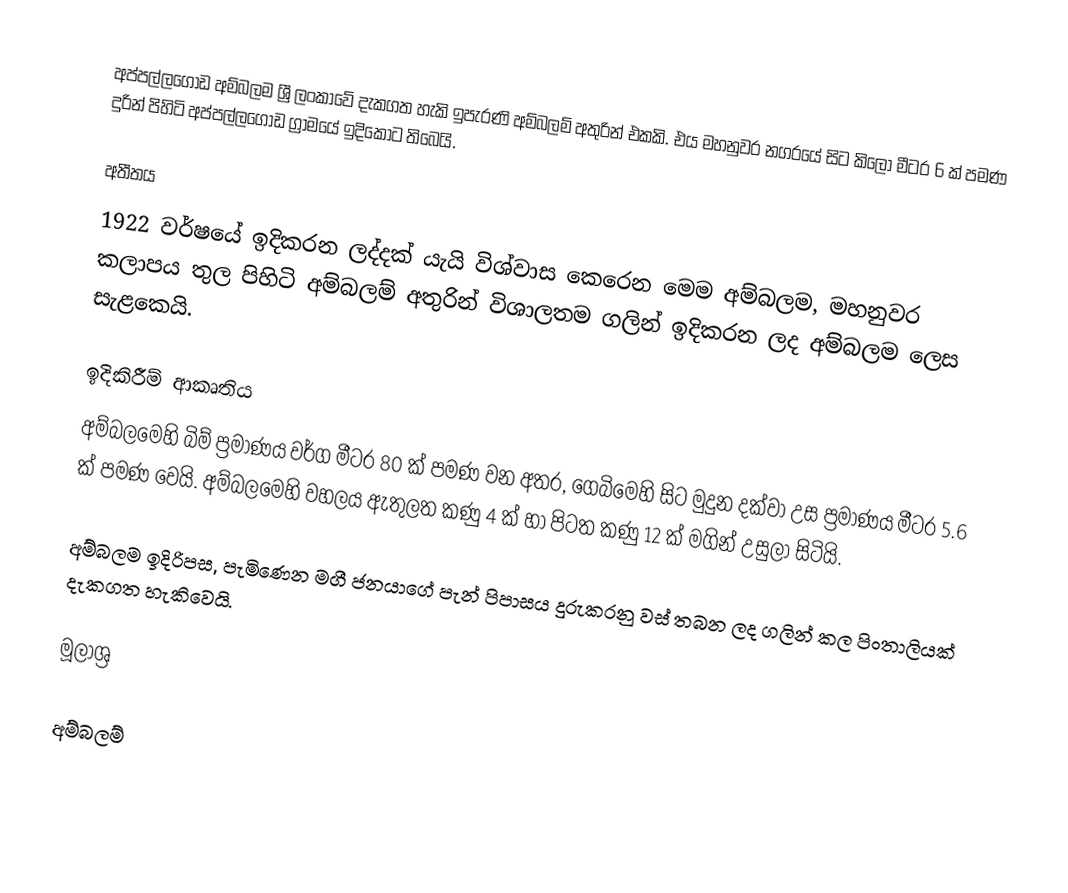
අප්පල්ලගොඩ අම්බලම ශ්‍රී ලංකාවේ දැකගත හැකි ඉපැරණි අම්බලම් අතුරින් එකකි. එය මහනුවර නගරයේ සිට කිලෝ මීටර 6 ක් පමණ දුරින් පිහිටි අප්පල්ලගොඩ ග්‍රාමයේ ඉදිකොට තිබෙයි.

අතීතය
1922 වර්ෂයේ ඉදිකරන ලද්දක් යැයි විශ්වාස කෙරෙන මෙම අම්බලම, මහනුවර කලාපය තුල පිහිටි අම්බලම් අතුරින් විශාලතම ගලින් ඉදිකරන ලද අම්බලම ලෙස සැළකෙයි.

ඉදිකිරීම් ආකෘතිය
අම්බලමෙහි බිම් ප්‍රමාණය වර්ග මීටර 80 ක් පමණ වන අතර, ගෙබිමෙහි සිට මුදුන දක්වා උස ප්‍රමාණය මීටර 5.6 ක් පමණ වෙයි. අම්බලමෙහි වහලය ඇතුලත කණු 4 ක් හා පිටත කණු 12 ක් මගින් උසුලා සිටියි.

අම්බලම ඉදිරිපස, පැමිණෙන මගී ජනයාගේ පැන් පිපාසය දුරුකරනු වස් තබන ලද ගලින් කල පිංතාලියක් දැකගත හැකිවෙයි.

මූලාශ්‍ර

අම්බලම්